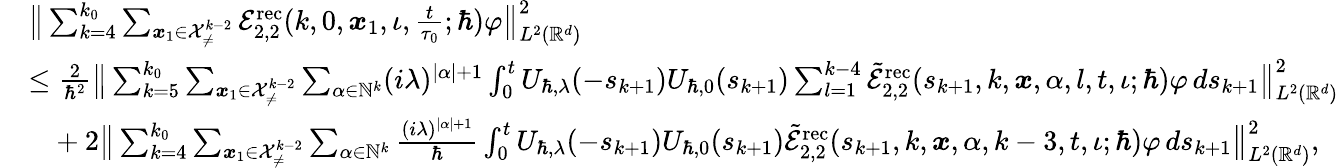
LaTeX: \begin{array}{rl}&{\big\lVert\sum_{k=4}^{k_{0}}\sum_{\boldsymbol{x}_{1}\in\mathcal{X}_{\neq}^{k-2}}\mathcal{E}_{2,2}^{\mathrm{rec}}(k,0,\boldsymbol{x}_{1},\iota,\frac{t}{\tau_{0}};\hbar)\varphi\big\rVert_{L^{2}(\mathbb{R}^{d})}^{2}}\\ &{\leq\frac{2}{\hbar^{2}}\big\lVert\sum_{k=5}^{k_{0}}\sum_{\boldsymbol{x}_{1}\in\mathcal{X}_{\neq}^{k-2}}\sum_{\alpha\in\mathbb{N}^{k}}(i\lambda)^{|\alpha|+1}\int_{0}^{t}U_{\hbar,\lambda}(-s_{k+1})U_{\hbar,0}(s_{k+1})\sum_{l=1}^{k-4}\tilde{\mathcal{E}}_{2,2}^{\mathrm{rec}}(s_{k+1},k,\boldsymbol{x},\alpha,l,t,\iota;\hbar)\varphi\, ds_{k+1}\big\rVert_{L^{2}(\mathbb{R}^{d})}^{2}}\\ &{\phantom{=}+2\big\lVert\sum_{k=4}^{k_{0}}\sum_{\boldsymbol{x}_{1}\in\mathcal{X}_{\neq}^{k-2}}\sum_{\alpha\in\mathbb{N}^{k}}\frac{(i\lambda)^{|\alpha|+1}}{\hbar}\int_{0}^{t}U_{\hbar,\lambda}(-s_{k+1})U_{\hbar,0}(s_{k+1})\tilde{\mathcal{E}}_{2,2}^{\mathrm{rec}}(s_{k+1},k,\boldsymbol{x},\alpha,k-3,t,\iota;\hbar)\varphi\, ds_{k+1}\big\rVert_{L^{2}(\mathbb{R}^{d})}^{2},}\end{array}